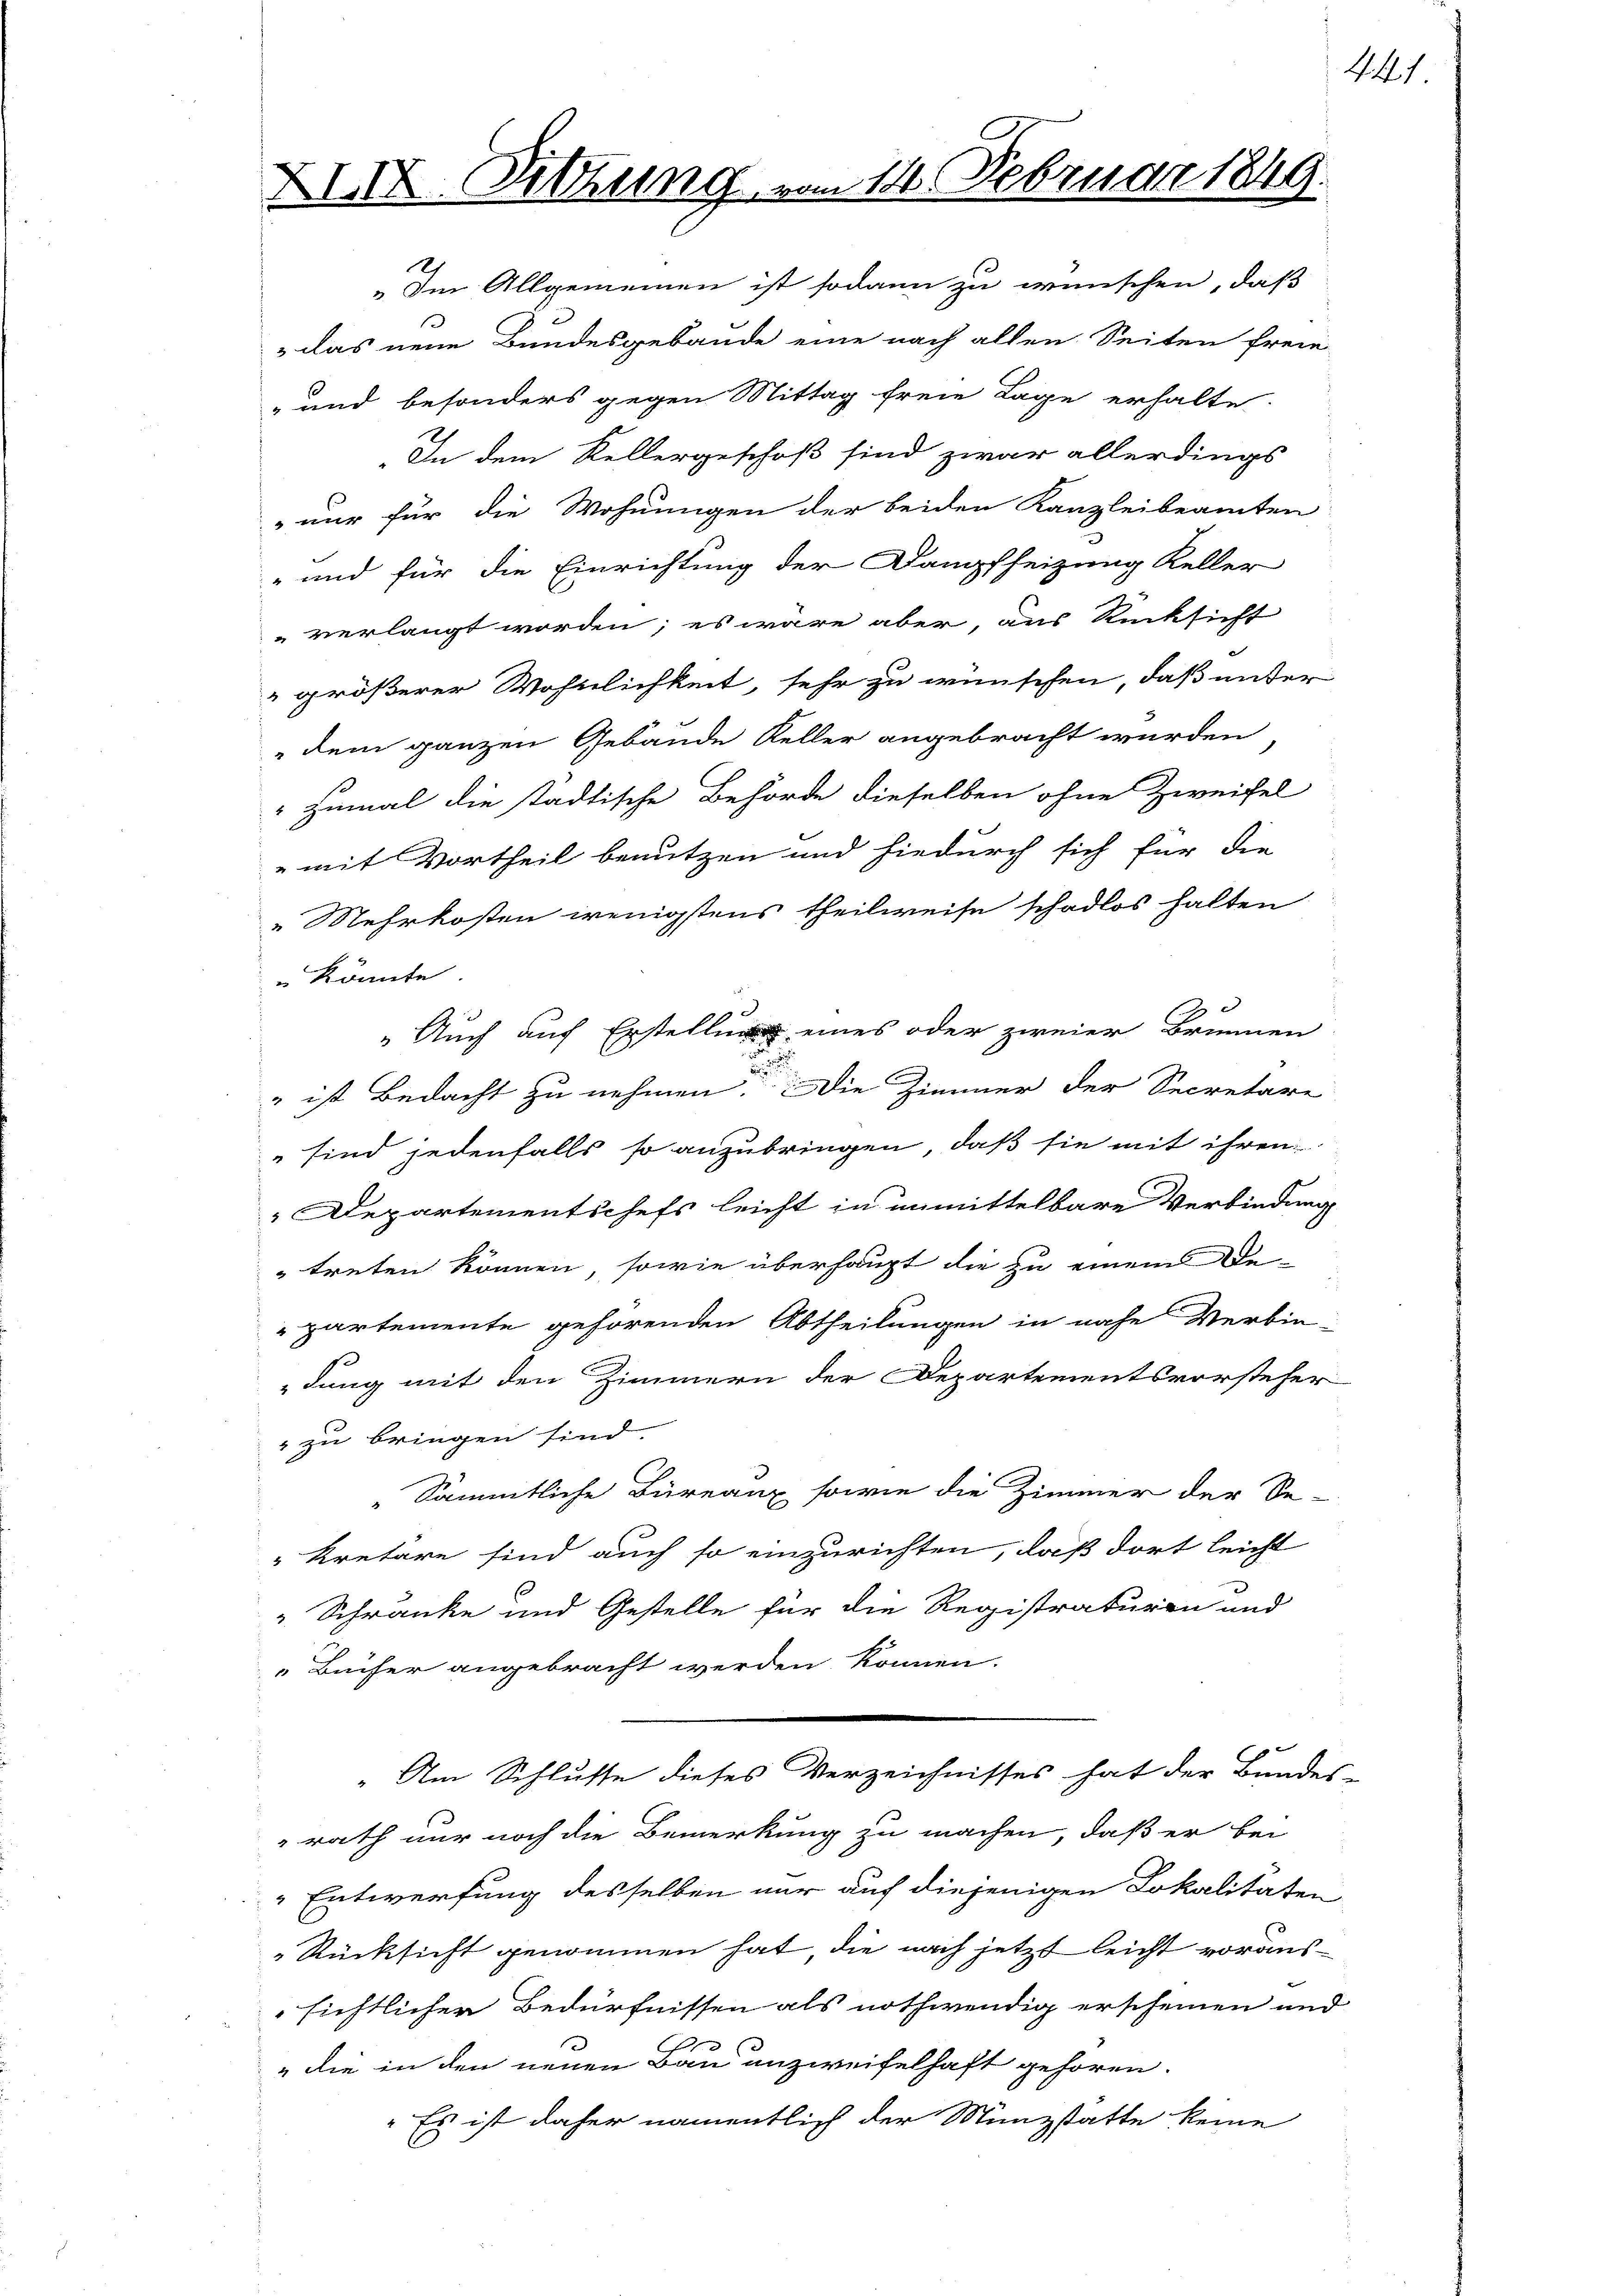
XIII. Sitzung vom 14. Februar 1849.

„Im Allgemeinen ist sodann zu wünschen, daß
 das neue Bundesgebäude eine nach allen Seiten freie
und besonders gegen Mittag freie Lage erhalte.
In dem Kellergeschoß sind zwar allerdings
 nur für die Wohnungen der beiden Kanzleibeamten
und für die Einrichtung der Dampfheizung Keller
 verlangt worden; es wäre aber, aus Rücksicht
größerer Wohnlichkeit, sehr zu wünschen, daß unter
" dem ganzen Gebäude Keller angebracht wurden
humal die städtische Behörde dieselben ohne Zweifel
e
" mit Vortheil benutzen und hiedurch sich für die
„Mehrkosten wenigstens theilweise schadlos halten
" könnte.
Auch auf Erstellung eines oder zweier Brunnen
u
" ist Bedacht zu nehmen. Die Zimmer der Secretäre
 sind jedenfalls so anzubringen, daß sie mit ihren
Departementschefs leicht in unmittelbare Verbindung
treten können, sowie überhaupt die zu einem De-
partemente gehörenden Abtheilungen in nahe Verbin-
dung mit den Zimmern der Departementsvorsteher
 zu bringen sind.
Sämmtliche Büreaux sowie die Zimmer der Se-
kretäre sind auch so einzurichten, daß dort leicht
 Schränke und Gestelle für die Registraturen und
Bücher angebracht werden können.
Am Schlusse dieses Verzeichnisses hat der Bundes-
rath nur noch die Bemerkung zu machen, daß er bei
Entwerfung desselben nur auf diejenigen Lokalitäten
Rücksicht genommen hat, die nach jetzt leicht voraussichtlicher Bedürfnissen als nothwendig erscheinen und
" die in den neuen Bau unzweifelhaft gehören.
" Es ist daher namentlich der Münzstatte keine

441